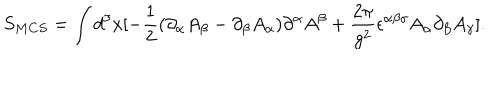
S _ { M C S } = \int d ^ { 3 } x [ - \frac { 1 } { 2 } ( \partial _ { \alpha } A _ { \beta } - \partial _ { \beta } A _ { \alpha } ) \partial ^ { \alpha } A ^ { \beta } + \frac { 2 \pi } { g ^ { 2 } } \epsilon ^ { \alpha \beta \gamma } A _ { \alpha } \partial _ { \beta } A _ { \gamma } ] .